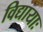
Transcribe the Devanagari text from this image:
विद्यायाः